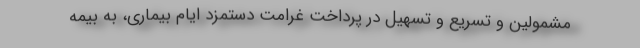
مشمولین و تسریع و تسهیل در پرداخت غرامت دستمزد ایام بیماری، به بیمه